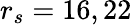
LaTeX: r_{s}=16,22